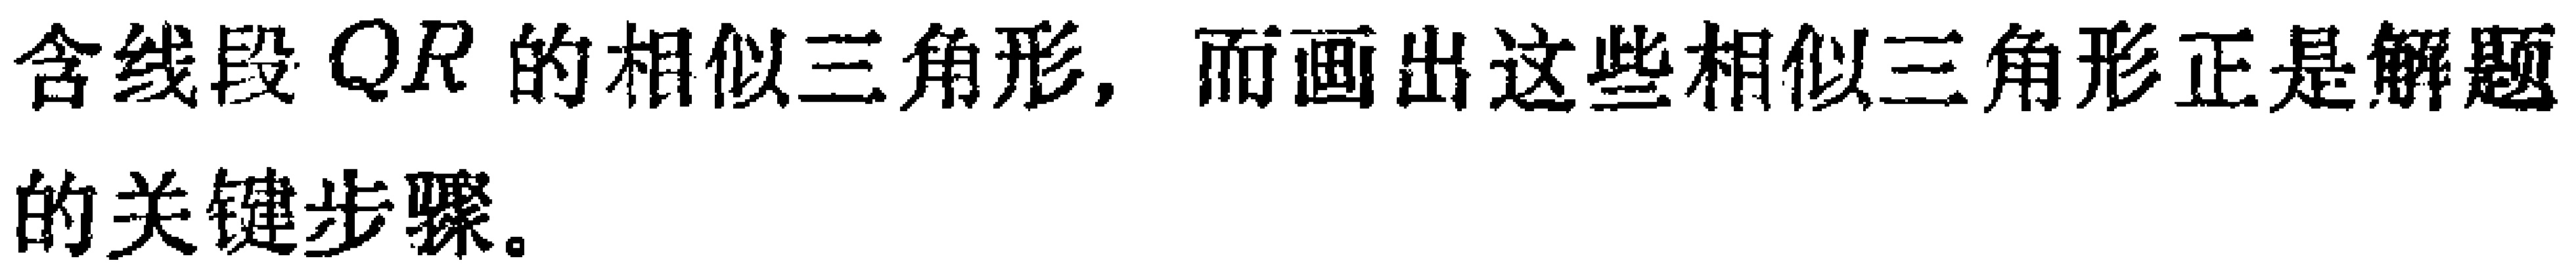
含线段 \(QR\) 的相似三角形, 而画出这些相似三角形正是解题的关键步骤。